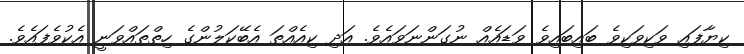
ކިޔާފައި ވަކިވަކިވެ ބައިބައިވެ ވަޑައެއް ނުގަންނަވައެވެ. އަދި ކިއެއްތަ އެބޭކަލުންގެ ހިތްތައްވަނީ އެކުވެފައެވެ.